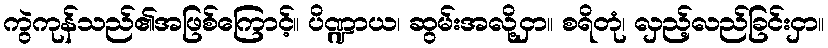
ကွဲကုန်သည်၏အဖြစ်ကြောင့်။ ပိဏ္ဍာယ၊ ဆွမ်းအလို့ငှာ။ စရိတုံ၊ လှည့်လည်ခြင်းငှာ။